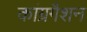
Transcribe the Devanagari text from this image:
कांग्रगैशन